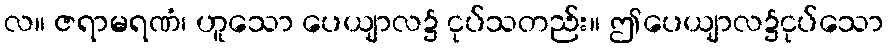
လ။ ဇရာမရဏံ၊ ဟူသော ပေယျာလ၌ ငုပ်သတည်း။ ဤပေယျာလ၌ငုပ်သော